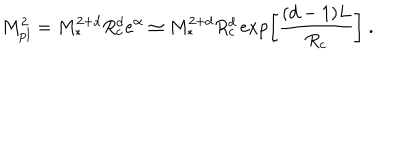
LaTeX: M _ { \mathrm { p l } } ^ { 2 } = M _ { * } ^ { 2 + d } R _ { c } ^ { d } e ^ { \alpha } \simeq M _ { * } ^ { 2 + d } R _ { c } ^ { d } \exp \left[ \frac { ( d - 1 ) L } { R _ { c } } \right] \ .